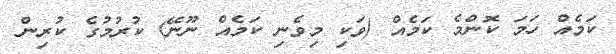
ކަމެއް ހަމަ ކޮންމެ ކަމެއް (ވަކި މިވެނި ކަމެއް ނޫނޭ) ކުރުމުގެ ކުރިން